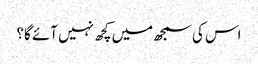
اس کی سمجھ میں کچھ نہیں آئے گا؟